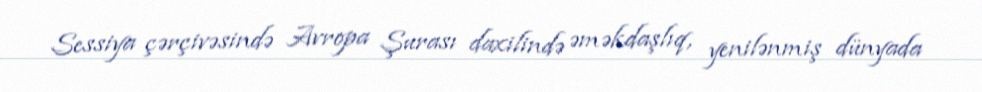
Sessiya çərçivəsində Avropa Şurası daxilində əməkdaşlıq, yenilənmiş dünyada